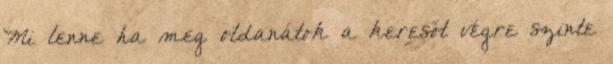
Mi lenne ha meg oldanátok a keresőt végre szinte